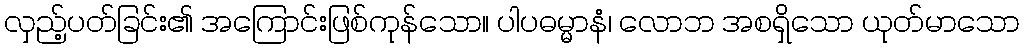
လှည့်ပတ်ခြင်း၏ အကြောင်းဖြစ်ကုန်သော။ ပါပဓမ္မာနံ၊ လောဘ အစရှိသော ယုတ်မာသော